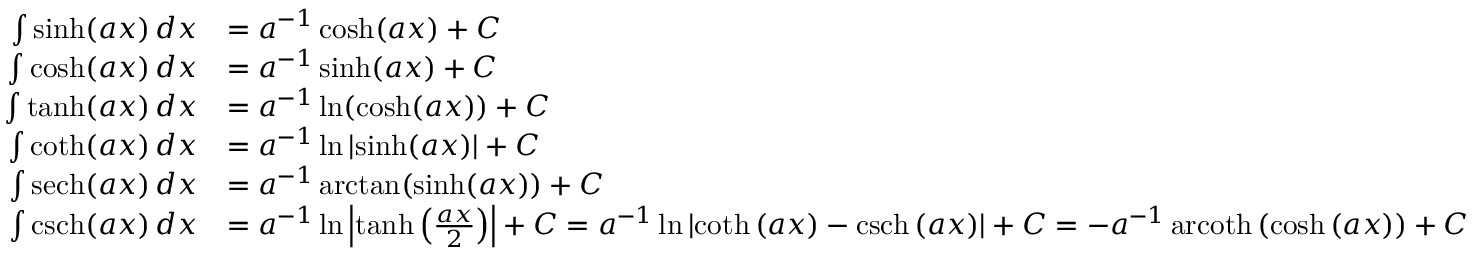
{ \begin{array} { r l } { \int \sinh ( a x ) \, d x } & { = a ^ { - 1 } \cosh ( a x ) + C } \\ { \int \cosh ( a x ) \, d x } & { = a ^ { - 1 } \sinh ( a x ) + C } \\ { \int \operatorname { t a n h } ( a x ) \, d x } & { = a ^ { - 1 } \ln ( \cosh ( a x ) ) + C } \\ { \int \coth ( a x ) \, d x } & { = a ^ { - 1 } \ln \left| \sinh ( a x ) \right| + C } \\ { \int \operatorname { s e c h } ( a x ) \, d x } & { = a ^ { - 1 } \arctan ( \sinh ( a x ) ) + C } \\ { \int \operatorname { c s c h } ( a x ) \, d x } & { = a ^ { - 1 } \ln \left| \operatorname { t a n h } \left( { \frac { a x } { 2 } } \right) \right| + C = a ^ { - 1 } \ln \left| \coth \left( a x \right) - \operatorname { c s c h } \left( a x \right) \right| + C = - a ^ { - 1 } \operatorname { a r c o t h } \left( \cosh \left( a x \right) \right) + C } \end{array} }